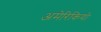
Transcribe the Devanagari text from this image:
अमेरिकियो